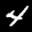
Label: 4